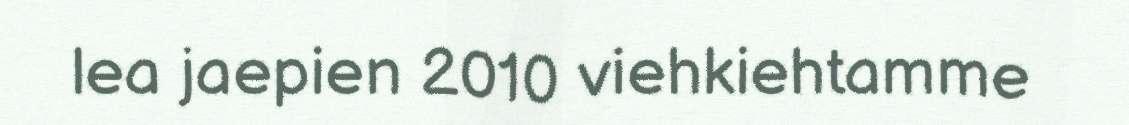
lea jaepien 2010 viehkiehtamme